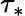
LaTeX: \tau_{*}